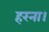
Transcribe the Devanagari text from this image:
हरना।